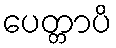
ပေတ္တာပိ